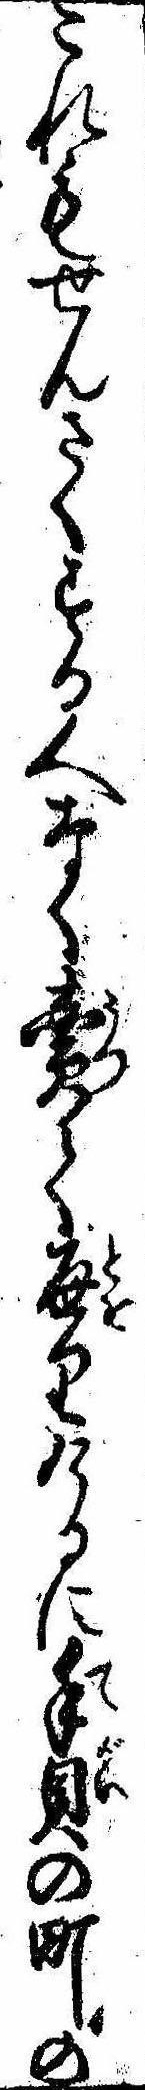
これもせんさくする人なく売て通りけるに手貝の町の